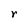
Character: r